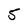
Character: 5